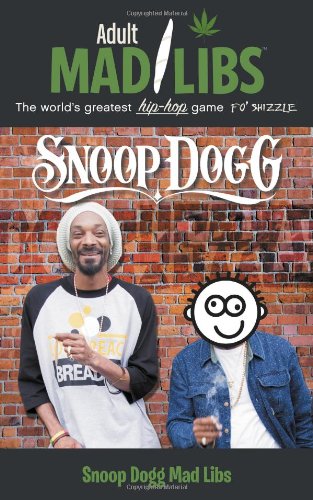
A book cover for Snoop Dogg Mad Libs (Adult Mad Libs); Sarah Fabiny; Humor & Entertainment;